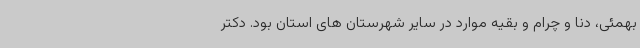
بهمئی، دنا و چرام و بقیه موارد در سایر شهرستان های استان بود. دکتر